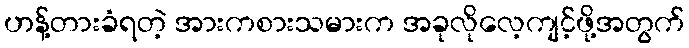
ဟန့်တားခံရတဲ့ အားကစားသမားက အခုလိုလေ့ကျင့်ဖို့အတွက်